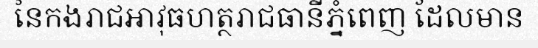
នៃកងរាជអាវុធហត្ថរាជធានីភ្នំពេញ ដែលមាន